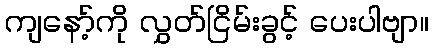
ကျနော့်ကို လွှတ်ငြိမ်းခွင့် ပေးပါဗျာ။